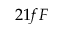
2 1 f F